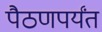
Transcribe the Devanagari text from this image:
पैठणपर्यंत